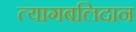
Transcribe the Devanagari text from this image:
त्यागबलिदान